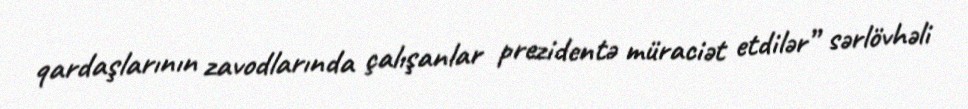
qardaşlarının zavodlarında çalışanlar prezidentə müraciət etdilər” sərlövhəli